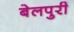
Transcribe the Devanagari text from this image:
बेलपुरी